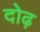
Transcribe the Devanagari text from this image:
दोढ़